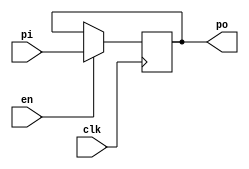
module EnRegister (clk, pi, po, en);
parameter size = 32;
input clk, en;
input [size-1:0] pi;
output reg [size-1:0] po;

always @(posedge clk) begin
    if (en)
        po <= pi;
end
    
endmodule